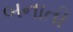
બનાતી